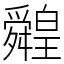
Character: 䑟